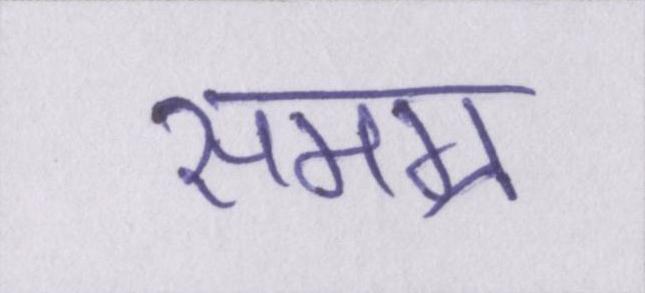
समग्र